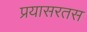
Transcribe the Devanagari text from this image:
प्रयासरतस